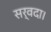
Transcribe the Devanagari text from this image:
सर्वदा।